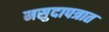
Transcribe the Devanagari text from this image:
मसुदापत्रात